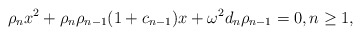
\begin{align*}\rho_n x^2+\rho_{n}\rho_{n-1}(1+c_{n-1})x+\omega^2d_n\rho_{n-1}=0, n\geq 1,\end{align*}